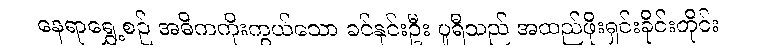
နေရာရွှေ့စဉ် အဓိကကိုးကွယ်သော ခင်နှင်းဦး ပူရီသည် အထည်ဖိုးရှင်းခိုင်းတိုင်း